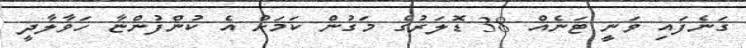
ގަނެފައި ވަނީ ޓަނެއް 38 ޑޮލަރުގެ މަގުން ކަމަށް އެ ކުންފުންޏާ ހަވާލާދީ